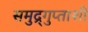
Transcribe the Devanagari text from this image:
समुद्र्गुप्ताशी